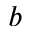
b